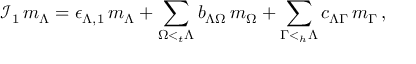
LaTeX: { \mathcal I } _ { 1 } \, m _ { \Lambda } = \epsilon _ { \Lambda , 1 } \, m _ { \Lambda } + \sum _ { \Omega < _ { t } \Lambda } b _ { \Lambda \Omega } \, m _ { \Omega } + \sum _ { \Gamma < _ { h } \Lambda } c _ { \Lambda \Gamma } \, m _ { \Gamma } \, ,